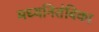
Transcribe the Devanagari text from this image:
मध्यनितंबिका